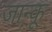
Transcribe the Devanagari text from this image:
जान्कू